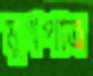
মুখপাত্র